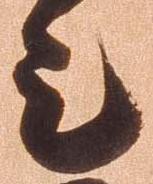
是